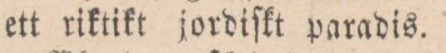
ett riktikt jordiſkt paradis.